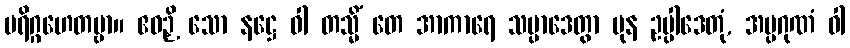
ပရိဂ္ဂဟေတဗ္ဗာ။ ဧဝဉှိ သော နဋ္ဌေ ဝါ တသ္မိံ တေ အာကာရေ သမ္ပာဒေတွာ ပုန ဥပ္ပါဒေတုံ, အပ္ပဂုဏံ ဝါ